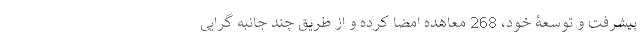
پیشرفت و توسعۀ خود، 268 معاهده امضا کرده و از طریقِ چند جانبه گرایی